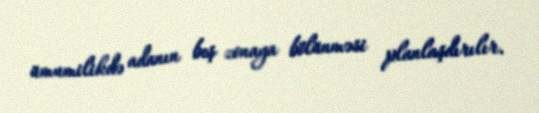
ümumilikdə adanın beş zonaya bölünməsi planlaşdırılır.